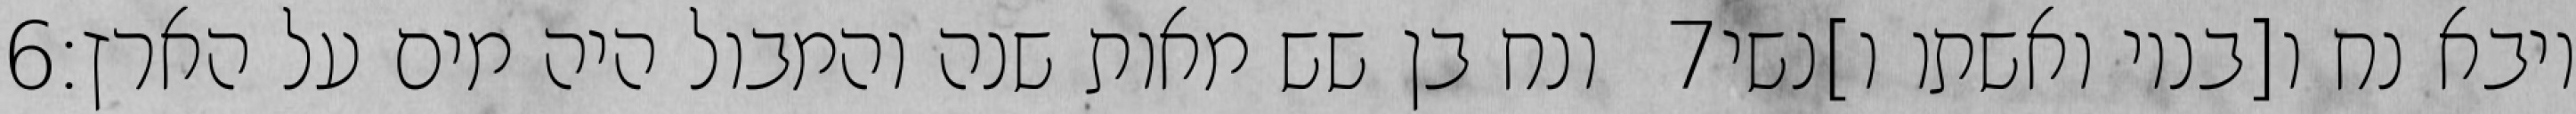
‎6‏ ונח בן שש מאות שנה והמבול היה מים על הארץ׃ ‎7‏ ויבא נח ו[בניו ואשתו ו]נשי